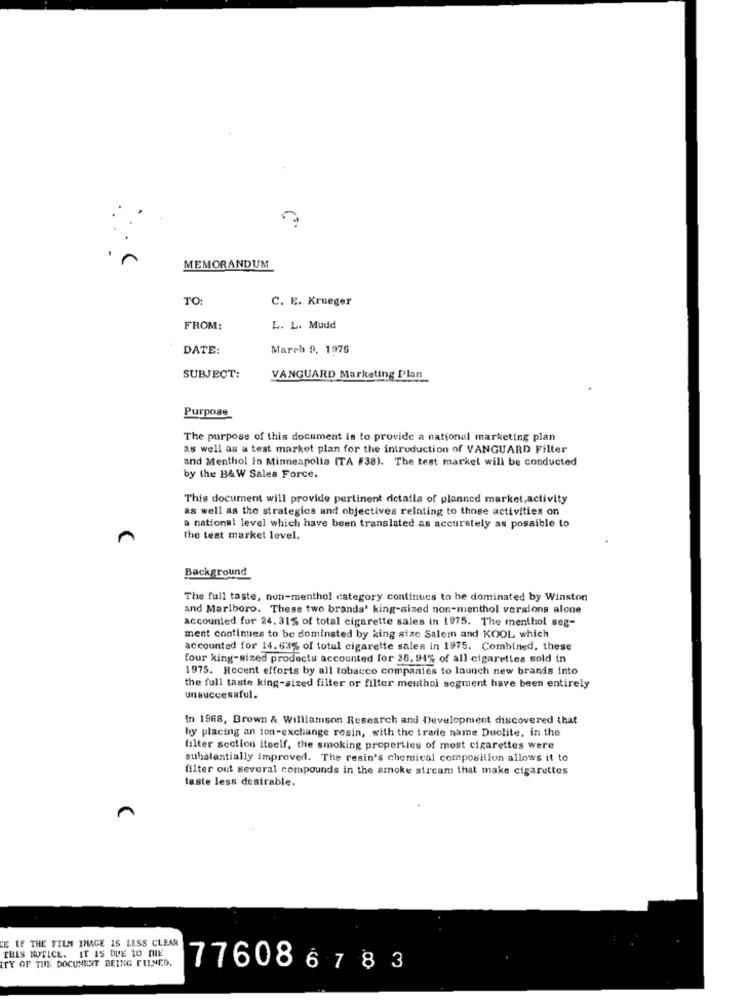
MEMORANDUM
TO:
C. E. Krueger
FROM:
L. L. Mudd
DATE:
March 9, 1976
SUBJECT:
VANGUARD Marketing Plan
Purpose
The purpose of this document is to provide a national marketing plan
as well as a test market plan for the introduction of VANGUARD Filter
and Menthol in Minneapolis (TA #38). The test markel will be conducted
by the B& W Sales Force.
This document will provide pertinent detalla of planned market,activity
as well as the strategies and objectives relating to those activities on
a national level which have been translated as accurately as possible to
n
the test market level.
Background
The full taste, non-menthol category continues to be dominated by Winston
and Marlboro. These two brands' king-sized non-menthol versions alone
accounted for 24. 31% of total cigarette sales in 1975. The menthol seg-
ment continues to be dominated by king size Salem and KOOL which
accounted for 14.63% of total cigarette sales in 1975. Combined, these
four king-sized products accounted for 38. 94% of all cigarettes sold in
1975. Recent efforts by all tobacco companies to launch new brands into
the full taste king-sized filter or filter menthol segment have been entirely
unsuccessful.
In 1968, Brown & Williamson Research and Development discovered that
by placing an ion-exchange rosin, with the trade name Duolite, in the
filter section itself, the smoking properties of most cigarettes were
substantially improved. The resin's chemical composition allows it to
filter out several compounds in the smoke stream that make cigarettes
taste less desirable.
E LE THE FILM IMAGE IS LESS CLEAR
THIS NOTICE. IT IS DUE 10 MIL
ITY OF THIS DOCUMENT BEING FILMED.
7760867 83